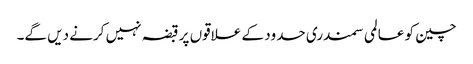
چین کو عالمی سمندری حدود کے علاقوں پر قبضہ نہیں کرنے دیں گے۔